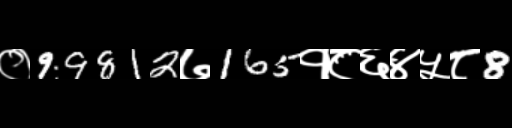
Text: ०99812७165१८६४५८8